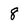
Character: 8